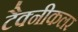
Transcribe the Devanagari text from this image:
टैक्नीकलर